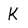
Character: K